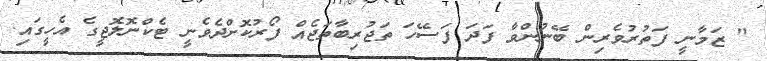
" ޒަމާނީ ފަތުރުވެރިން ބޭނުންވާ ފަދަ ފަސޭހަ ތަޖުރިބާތަޖެއް ފޯރުކޮށްދެވެނީ ޓެކްނޮލޮޖީގެ އެހީގައި.